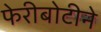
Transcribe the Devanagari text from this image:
फेरीबोटीने